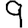
Digit: 9